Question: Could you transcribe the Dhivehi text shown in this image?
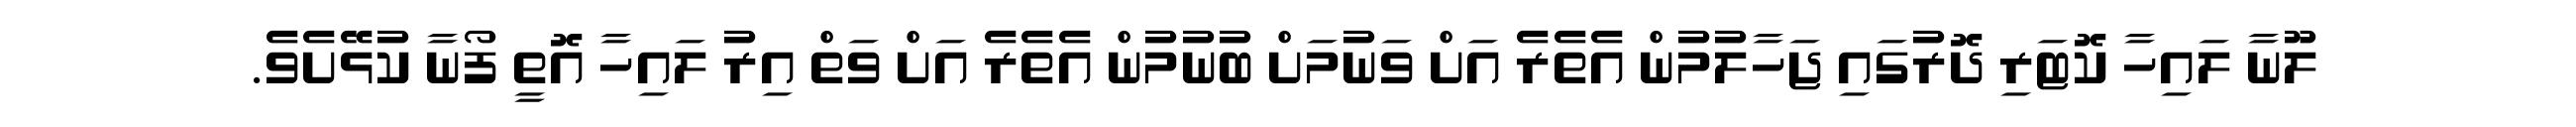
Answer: ލޫނާ ލައިހާ ކޮޓަރި ދޮރުގައި ޖަހާލުމުން އެތެރެ އަށް ވަނުމަށް ބުނުމުން އެތެރެ އަށް ވަތް އިރު ލައިހާ އޮތީ ފޯނާ ކުޅޭށެވެ.